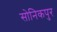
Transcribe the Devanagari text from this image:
सोनिकपुर